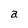
Character: a